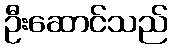
ဦးဆောင်သည်